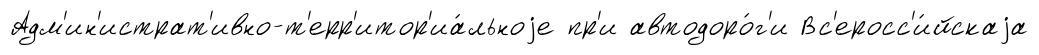
Адм'ин'истрат'ивно-т'ерр'итор'иа́льноjе пр'и автодоро́г'и Вс'еросс'и́йскаjа